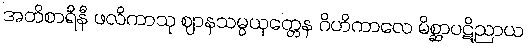
အတိစာရိနီ ဖလိကာသု ဈာနသမ္ပယုတ္တေန ဂိဟိကာလေ မိစ္ဆာပဋိညာယ